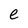
Character: e